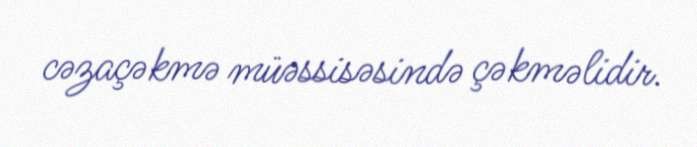
cəzaçəkmə müəssisəsində çəkməlidir.